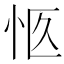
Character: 𪫨